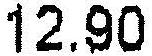
12.90